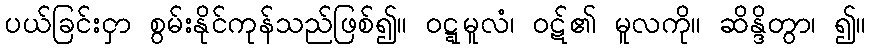
ပယ်ခြင်းငှာ စွမ်းနိုင်ကုန်သည်ဖြစ်၍။ ဝဋ္ဋမူလံ၊ ဝဋ်၏ မူလကို။ ဆိန္ဒိတွာ၊ ၍။